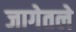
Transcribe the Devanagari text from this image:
जागेतले